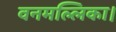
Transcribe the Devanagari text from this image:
वनमल्लिका।